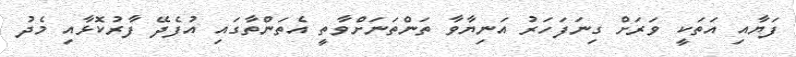
ފަޔާއި އަތަކީ ވަރަށް ގިނަފަހަރު އަނިޔާވާ ތަންތަނަށްވާތީ އެތަންތާގައި އުފެދޭ ފާރުކޮޅާއި މެދު